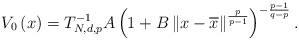
\begin{align*}V_{0}\left( x\right) =T_{N,d,p}^{-1}A\left( 1+B\left\Vert x-\overline{x}\right\Vert ^{\frac{p}{p-1}}\right) ^{-\frac{p-1}{q-p}}.\end{align*}